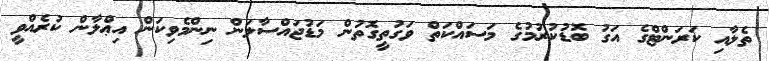
ތެލާއި ކަރަންޓްގެ އަގު ބޮޑުކުރުމުގެ މަސައްކަތް ވަގުތީގޮތުން މަޑުޖައްސާލަން ނިންމެވިކަން އިޢްލާން ކުރެއްވީ